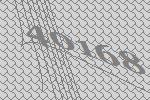
40168